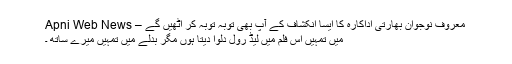
معروف نوجوان بھارتی اداکارہ کا ایسا انکشاف کے آپ بھی توبہ توبہ کر اٹھیں گے – Apni Web News
میں تمہیں اس فلم میں لیڈ رول دلوا دیتا ہوں مگر بدلے میں تمہیں میرے ساتھ ۔